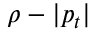
\rho - | p _ { t } |